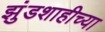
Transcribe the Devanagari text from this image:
झुंडशाहीच्या